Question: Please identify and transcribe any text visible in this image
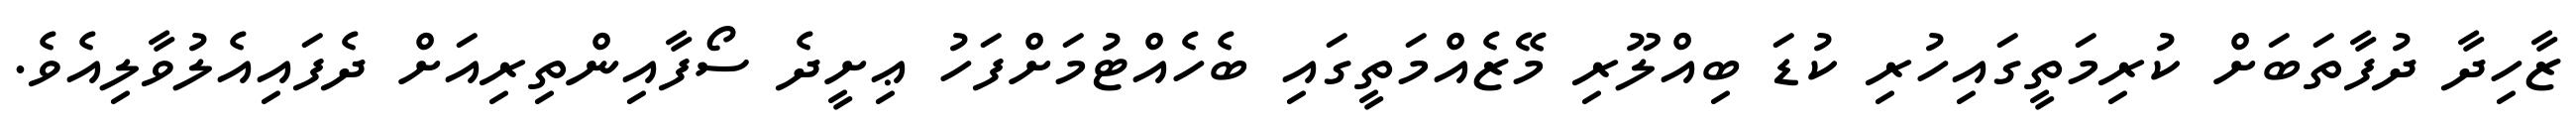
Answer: ޒާހިދާ ދުފާތަބަށް ކުރިމަތީގައިހުރި ކުޑަ ބިއްލޫރި މޭޒެއްމަތީގައި ބެހެއްޓުމަށްފަހު ޢިށީދެ ސޯފާއިންތިރިއަށް ދެފައިއެލުވާލިއެވެ.